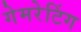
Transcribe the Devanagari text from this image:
गेमरेटिंग